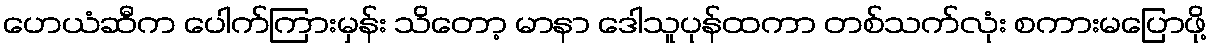
ဟေယံဆီက ပေါက်ကြားမှန်း သိတော့ မာနာ ဒေါသူပုန်ထကာ တစ်သက်လုံး စကားမပြောဖို့